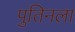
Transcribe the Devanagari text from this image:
पुतिनला